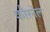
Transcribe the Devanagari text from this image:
कौरनेल